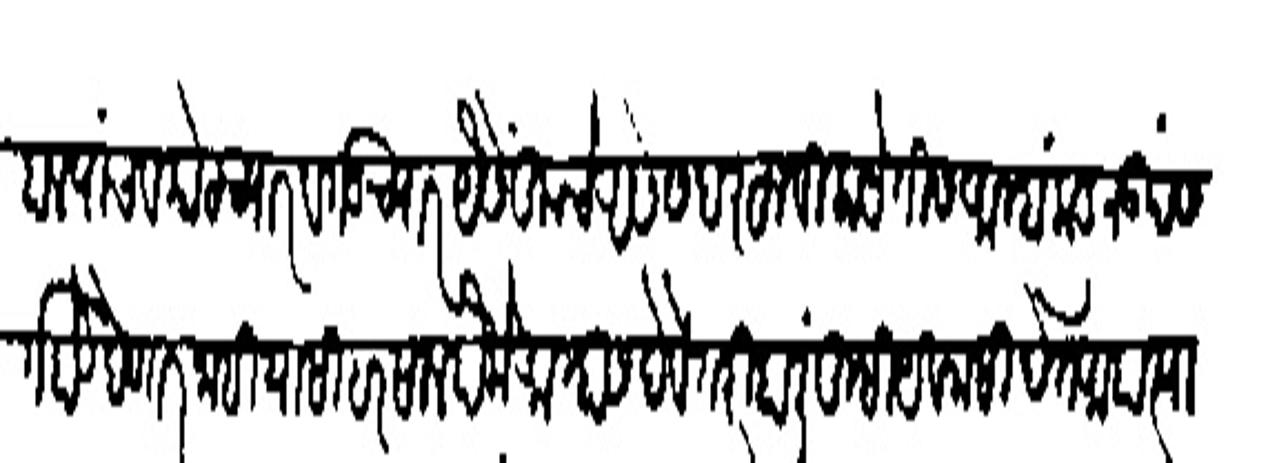
Transliteration (Devanagari): हाल पांच व फोट च्यार व गड च्यार पसें तुमचे असे सदरहू बिलायेतीस आम्हांकडून उपस
ग होऊ देणार नाही यासी हरसाल पंके आम्हास देबे तरी हालीं तुम्ही यवनासी बेत आहा त्या